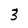
Character: 3